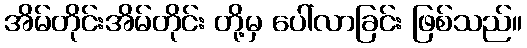
အိမ်တိုင်းအိမ်တိုင်း တို့မှ ပေါ်လာခြင်း ဖြစ်သည်။